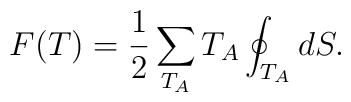
F(T)=\frac12\sum_{T_{A}}T_{A}\oint_{T_{A}}dS.